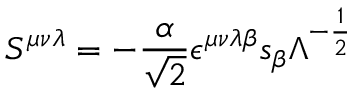
S ^ { { \mu } { \nu } { \lambda } } = - \frac { \alpha } { \sqrt { 2 } } { \epsilon } ^ { { \mu } { \nu } { \lambda } { \beta } } s _ { \beta } { \Lambda } ^ { - \frac { 1 } { 2 } }